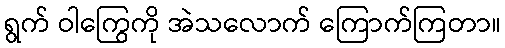
ရွက် ဝါကြွေကို အဲသလောက် ကြောက်ကြတာ။